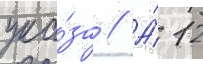
ука́за // А́ 12